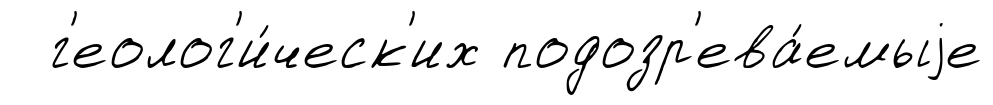
г'еолог'и́ческ'их подозр'ева́емыjе